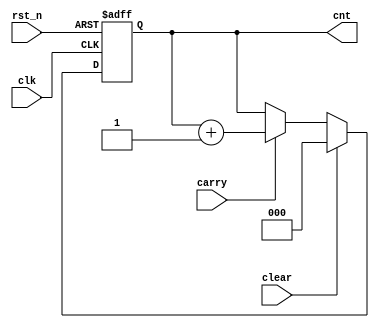
// Component Name   : counter_wrapper
// Component Version: 
// Release Type     : 
//  ------------------------------------------------------------------------

// 
// Release version :  
// File Version    :  
// Revision: 
//
//
// Abstract: 

module counter_wrapper #(
    parameter CNT_WIDTH = 3
)(
    input                       clk,
    input                       rst_n,
    input                       clear,
    input                       carry,
    output reg [CNT_WIDTH-1:0]  cnt
);

    always @(posedge clk or negedge rst_n) begin
        if (!rst_n) begin
            cnt <= 0;
        end else if (clear) begin
            cnt <= 0;
        end else if (carry) begin
            cnt <= cnt + 1'b1;
        end
    end

endmodule